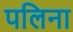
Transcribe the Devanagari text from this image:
पलिना